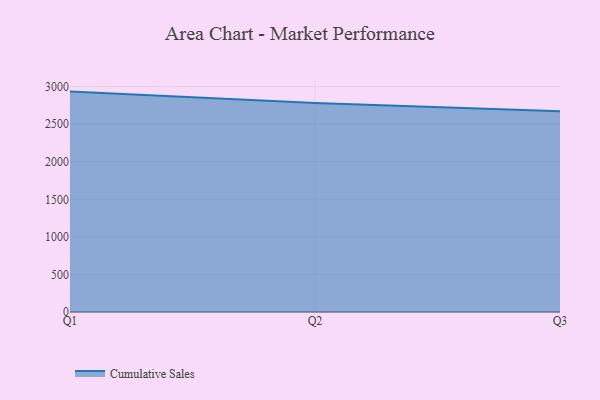
{"axis": {"x": "Quarter", "y": "LTV (USD)"}, "legend": ["Cumulative Sales"], "data": [{"x": "Q1", "y": 2933.7, "type": "Cumulative Sales"}, {"x": "Q2", "y": 2783.5, "type": "Cumulative Sales"}, {"x": "Q3", "y": 2671.0, "type": "Cumulative Sales"}]}